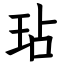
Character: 玷